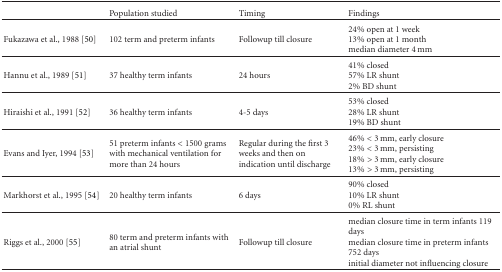
|  | Population studied | Timing | Findings |
 | --- | --- | --- | --- |
 | Fukazawa et al., 1988 [50] | 102 term and preterm infants | Followup till closure | 24% open at 1 week13% open at 1 month median diameter 4 mm |
 | Hannu et al., 1989 [51] | 37 healthy term infants | 24 hours | 41% closed57% LR shunt2% BD shunt |
 | Hiraishi et al., 1991 [52] | 36 healthy term infants | 4-5 days | 53% closed28% LR shunt19% BD shunt |
 | Evans and Iyer, 1994 [53] | 51 preterm infants < 1500 grams with mechanical ventilation for more than 24 hours | Regular during the first 3 weeks and then on indication until discharge | 46% < 3 mm, early closure23% < 3 mm, persisting18% > 3 mm, early closure13% > 3 mm, persisting |
 | Markhorst et al., 1995 [54] | 20 healthy term infants | 6 days | 90% closed10% LR shunt0% RL shunt |
 | Riggs et al., 2000 [55] | 80 term and preterm infants with an atrial shunt | Followup till closure | median closure time in term infants 119 daysmedian closure time in preterm infants 752 daysinitial diameter not influencing closure |